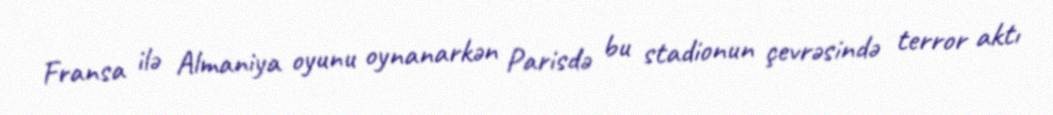
Fransa ilə Almaniya oyunu oynanarkən Parisdə bu stadionun çevrəsində terror aktı